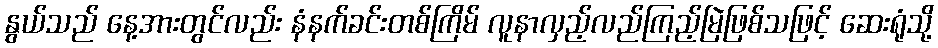
နွယ်သည် နေ့အားတွင်လည်း နံနက်ခင်းတစ်ကြိမ် လူနာလှည့်လည်ကြည့်မြဲဖြစ်သဖြင့် ဆေးရုံသို့